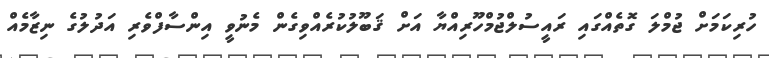
ހުރިކަމަށް ޖުމްލަ ގޮތެއްގައި ރައީސުލްޖުމްހޫރިއްޔާ އަށް ޤަބޫލުކުރެއްވިގެން މެނުވީ އިންސާފްވެރި އަދުލުގެ ނިޒާމެއް